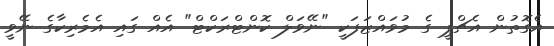
އެގޮތުން އެޗްޕީ ގެ މުވައްޒަފަކީ "ނޭވަލް ކޮންޓްރަކްޓް" އެއް ގައި އެމެރިކާގެ ނޭވީ